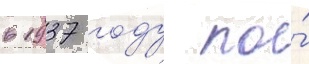
в 1937 году по́